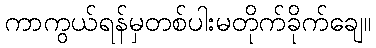
ကာကွယ်ရန်မှတစ်ပါးမတိုက်ခိုက်ချေ။